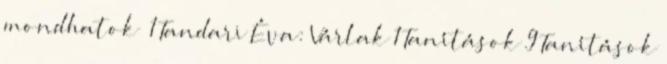
mondhatok 1 Tandari Éva: Várlak 1 Tanítások 9 Tanítások